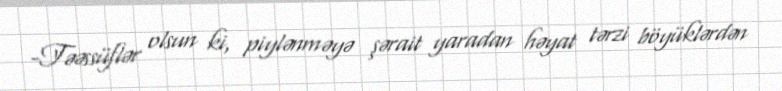
-Təəssüflər olsun ki, piylənməyə şərait yaradan həyat tərzi böyüklərdən